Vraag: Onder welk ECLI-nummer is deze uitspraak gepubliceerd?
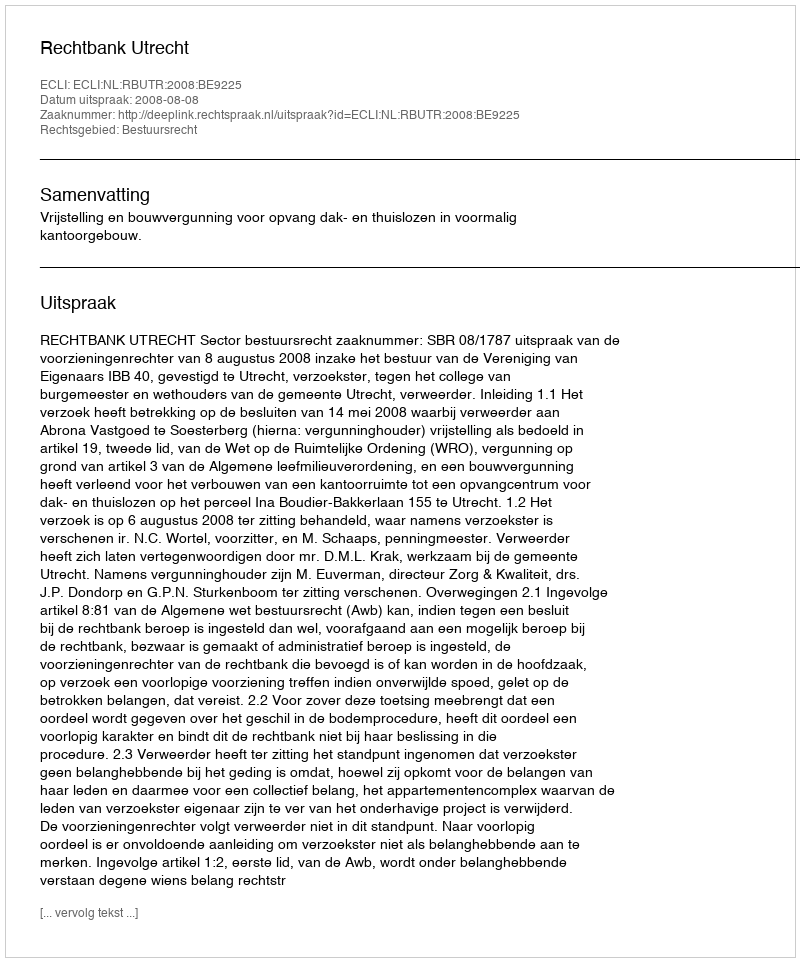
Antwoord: ECLI:NL:RBUTR:2008:BE9225